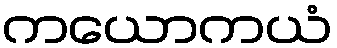
ကယောကယံ